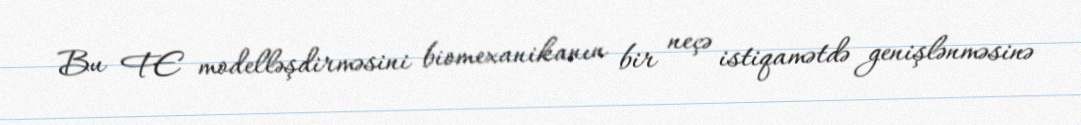
Bu FE modelləşdirməsini biomexanikanın bir neçə istiqamətdə genişlənməsinə